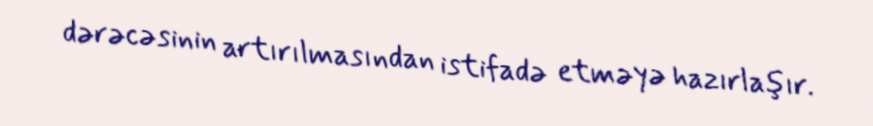
dərəcəsinin artırılmasından istifadə etməyə hazırlaşır.